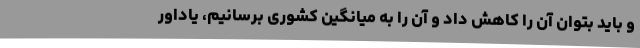
و باید بتوان آن را کاهش داد و آن را به میانگین کشوری برسانیم، یاداور